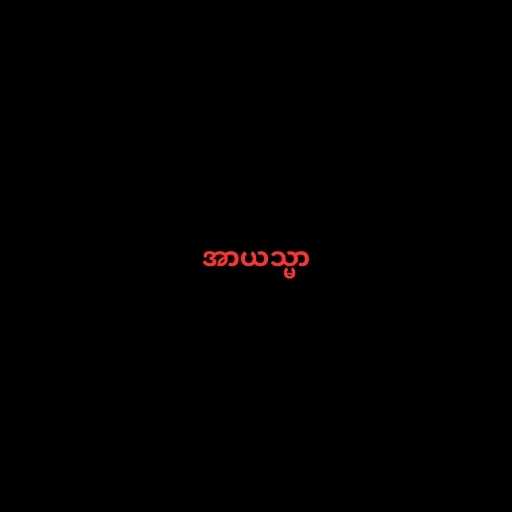
အာယသ္မာ